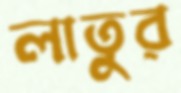
লাতুর